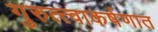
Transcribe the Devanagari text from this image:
गुरुत्त्वाकर्षणात